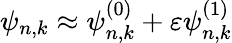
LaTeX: \psi_{n,k}\approx\psi_{n,k}^{(0)}+\varepsilon\psi_{n,k}^{(1)}